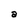
Character: a